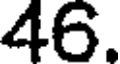
46.